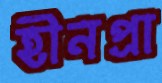
হীনপ্রা